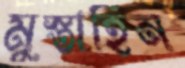
মুস্তাহিন